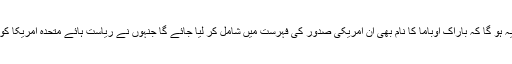
اس ساری تمہید کا حاصل یہ ہو گا کہ باراک اوباما کا نام بھی اُن امریکی صدور کی فہرست میں شامل کر لیا جائے گا جنہوں نے ریاست ہائے متحدہ امریکا کو کامیابیوں سے ہمکنار کیا۔